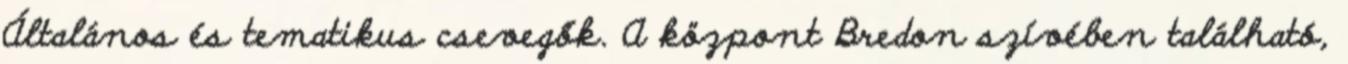
Általános és tematikus csevegők. A központ Bredon szívében található,